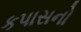
કપાસનો